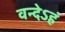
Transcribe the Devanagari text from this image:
वन्देऽहं